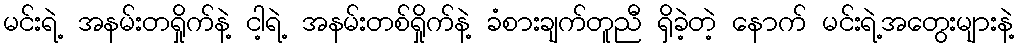
မင်းရဲ့ အနမ်းတရှိုက်နဲ့ ငါ့ရဲ့ အနမ်းတစ်ရှိုက်နဲ့ ခံစားချက်တူညီ ရှိခဲ့တဲ့ နောက် မင်းရဲ့အတွေးများနဲ့